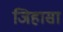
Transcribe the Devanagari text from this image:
जिहासा